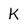
Character: K